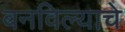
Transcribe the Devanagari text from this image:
बनविल्याचे